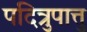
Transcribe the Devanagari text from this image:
पदित्रुपात्तु